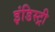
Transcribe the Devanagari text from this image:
इंडिस्ट्री